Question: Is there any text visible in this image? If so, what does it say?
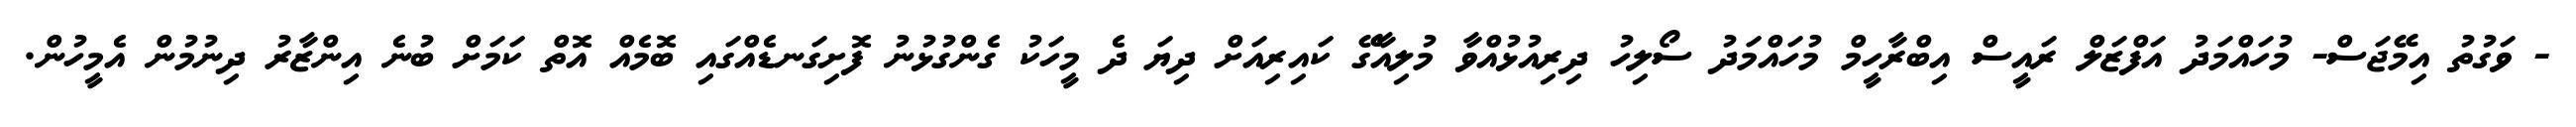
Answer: - ވަގުތު އިމޭޖަސް- މުހައްމަދު އަފްޒަލް ރައީސް އިބްރާހީމް މުހައްމަދު ސޯލިހު ދިރިއުޅުއްވާ މުލިއާގޭ ކައިރިއަށް ދިޔަ ދެ މީހަކު ގެންގުޅުނު ފޮށިގަނޑެއްގައި ބޮމެއް އޮތް ކަމަށް ބުނެ އިންޒާރު ދިނުމުން އެމީހުން.